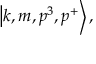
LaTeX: \left| k , m , p ^ { 3 } , p ^ { + } \right> ,